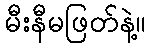
မီးနီမဖြတ်နဲ့။